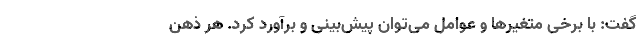
گفت: با برخی متغیرها و عوامل می‌توان پیش‌بینی و برآورد کرد. هر ذهن